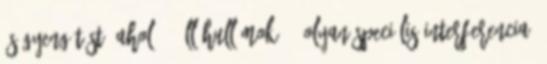
és gyengítést, ahol 30 Állóhullámok 1. Olyan speciális interferencia,